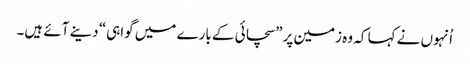
‏ اُنہوں نے کہا کہ وہ زمین پر ”‏سچائی کے بارے میں گواہی“‏ دینے آئے ہیں۔